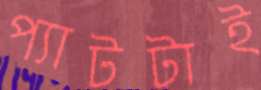
প্যাটটাই